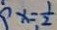
x = \frac { 1 } { 2 }